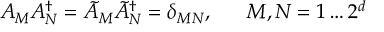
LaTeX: A _ { M } A _ { N } ^ { \dagger } = \tilde { A } _ { M } \tilde { A } _ { N } ^ { \dagger } = \delta _ { M N } , \; \; \; \; \; \; M , N = 1 \ldots 2 ^ { d }